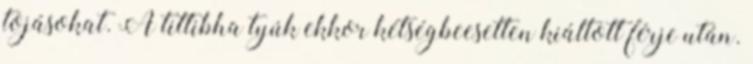
tojásokat. A tittibha tyúk ekkor kétségbeesetten kiáltott férje után.